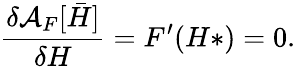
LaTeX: \frac{\delta{\cal A}_{F}[{{\bar{H}}}]}{\delta H}=F^{\prime}(H*)=0.